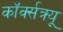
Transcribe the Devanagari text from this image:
कॉर्क्सक्र्यू